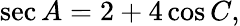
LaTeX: \sec A=2+4\cos C,